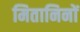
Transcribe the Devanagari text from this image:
मितानिनों